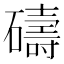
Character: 𥖲